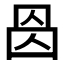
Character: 𠉁